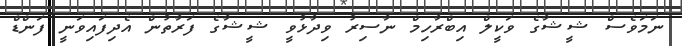
ނަމަވެސް ޝީޝާގެ ވަކީލް އިބްރާހިމް ނާސިރު ވިދާޅުވީ ޝީޝާގެ ފަރާތުން އެދިފައިވަނީ ފަންޑް